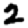
Digit: 2